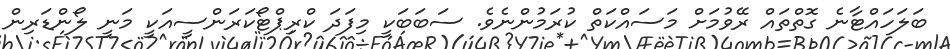
ބަލަހައްޓާނެ ގޮތްތައް ރޭވުމަށް މަސައްކަތް ކުރަމުންނެވެ. ސަބަބަކީ މިފަދަ ކްރިޕްޓޯކަރަންސީއަކީ މަނީ ލޯންޑަރިން